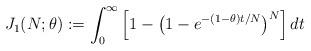
LaTeX: \begin{align*}J_1(N; \theta) := \int_0^{\infty} \left[1 - \left(1 - e^{-(1 - \theta) t / N} \right)^N \right] dt\end{align*}